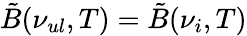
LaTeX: \tilde{B}(\nu_{ul},T)=\tilde{B}(\nu_{i},T)